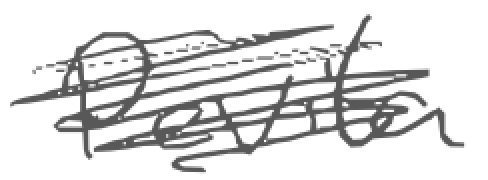
Text: Pevita
Cross-out: mix
Writing tool: digital_gray